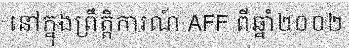
នៅក្នុងព្រឹត្តិការណ៍ AFF ពីឆ្នាំ២០០២